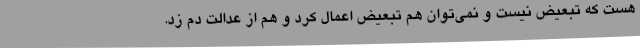
هست که تبعیض نیست و نمی‌توان هم تبعیض اعمال کرد و هم از عدالت دم زد.